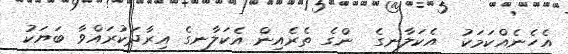
އެހެނެއްކަމަކު  އެކަލާނގެ  ންގެ ތެރެއިން އެކަލާނގެ އިރާދަކުރައްވާ ބަޔަކު